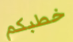
خطبكم